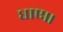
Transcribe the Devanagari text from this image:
धाए।।